Destruction of fleas by exposure to the sun - Number 40
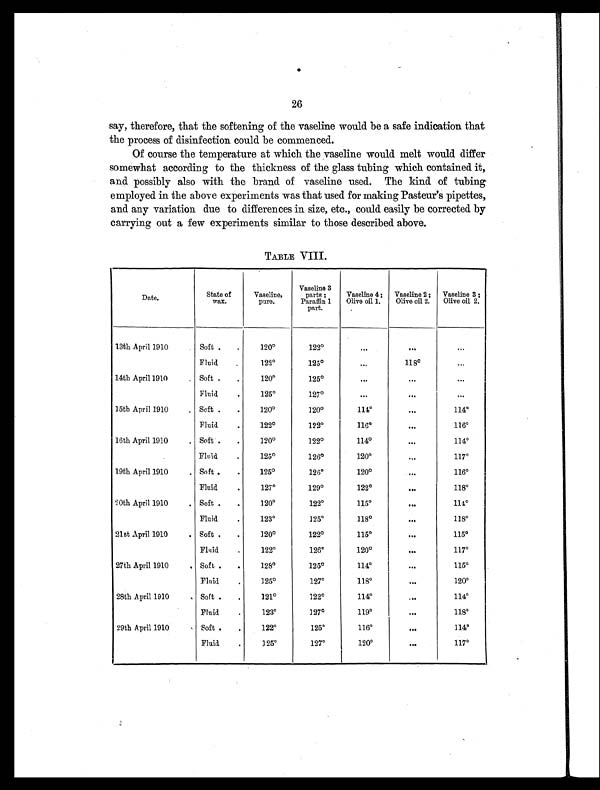
26
say, therefore, that the softening of the vaseline would be a safe indication that
the process of disinfection could be commenced.
Of course the temperature at which the vaseline would melt would differ
somewhat according to the thickness of the glass tubing which contained it,
and possibly also with the brand of vaseline used. The kind of tubing
employed in the above experiments was that used for making Pasteur's pipettes,
and any variation due to differences in size, etc., could easily be corrected by
carrying out a few experiments similar to those described above.
TABLE VIII.
Date.
State of
wax.
Vaseline,
pure.
Vaseline 3
parts ;
Paraffin 1
part.
Vaseline 4 ;
Olive oil 1.
Vaseline 2 ;
Olive oil 2.
Vaseline 3 ;
Olive oil 2.
13th April 1910
.
Soft .
.
120°122º
. . .
. . . ...
Fluid
.
122°125°...
118°...
14th April 1910
. Soft . .
120°125°...
...
. . .
Fluid
.
125°127°...
...
. . .
15th April 1910
. Soft .
.
120°120°114°. . . 114°F
luid
.
122°122°116°...
116°1
6th April 1910
. Soft .
.
120°122°114°...
114°F
luid
.
125°126°120°...
117°1
9th April 1910
. Soft .
.
125°126°120°...
116°F
luid
.
127º
129°122°...
118°2
0th April 1910
. Soft .
.
120°122°115°. . . 114°F
luid
.
123°125°118°. . . 118°2
1st April 1910
. Soft .
.
120°122°115°. . . 115°F
luid
.
122°126º
120°. . . 117°2
7th April 1910
. Soft .
.
128°125°114°...
115°F
luid
.
125°127°118°. . . 120°2
8th April 1910
. Soft .
.
121°122°114°...
114°F
luid
.
123°127°119°. ..
118°2
9th April 1910
. Soft .
.
122°125°116°...
114°F
luid
.
125°127°120°. . . 117°